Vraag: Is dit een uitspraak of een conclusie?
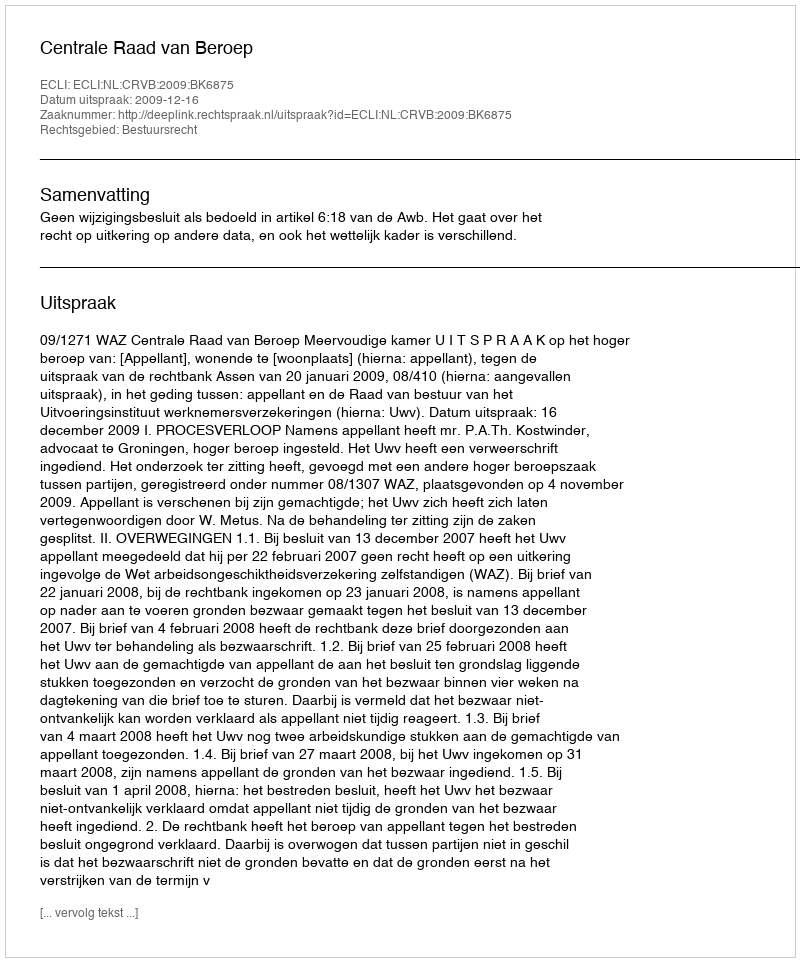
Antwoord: Uitspraak